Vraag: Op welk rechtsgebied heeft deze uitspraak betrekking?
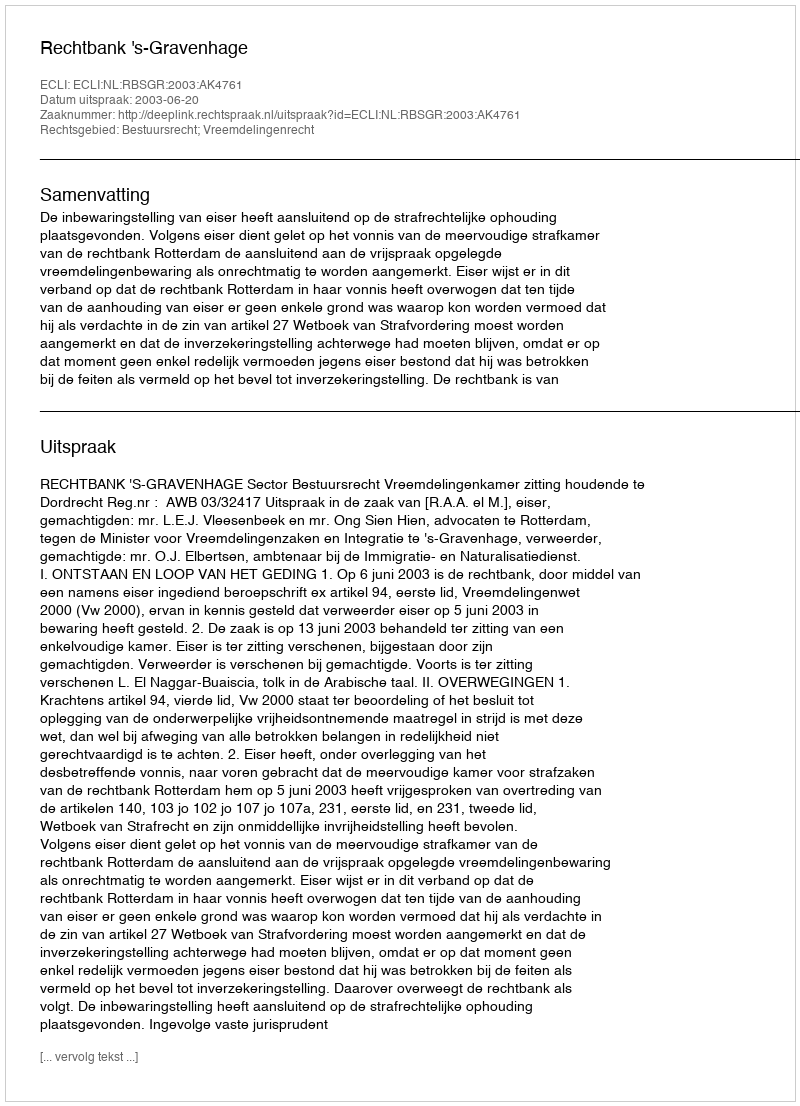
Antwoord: Bestuursrecht; Vreemdelingenrecht